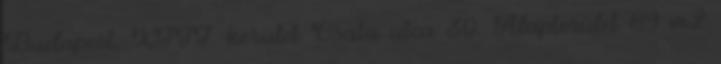
Budapest, XIII. kerület Csata utca 30. Alapterület 89 m2